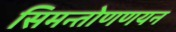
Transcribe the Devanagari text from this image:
सिमन्तोणणयन